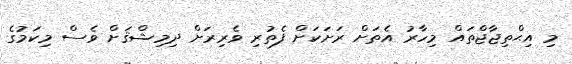
މި އިޙްތިޖާޖްތައް މިހާރު އެތަށް ރަށަކަށް ފެތުރި ވެރިރަށް ދިމިޝްޤަށް ވެސް މިކަމުގެ